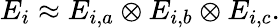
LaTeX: E_{i}\approx E_{i,a}\otimes E_{i,b}\otimes E_{i,c}.